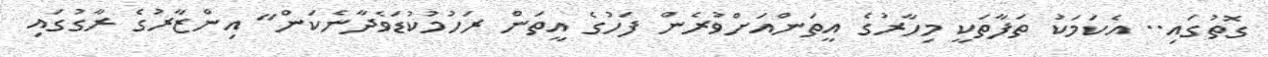
ގޮތުގައި.. އެކަމަކު ތަފާތަކީ މިހާރުގެ އީތަންއަށްވުރެން ފަހުގެ އީތަން ރަހުމުކުޑަވެދާނެކަން" އިންޒާރުގެ ރާގުގައި